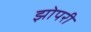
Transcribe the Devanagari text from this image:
झोपरी